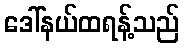
ဒေါ်နယ်ထရန့်သည်